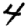
Digit: 4